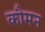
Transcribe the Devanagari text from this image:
कौमन